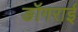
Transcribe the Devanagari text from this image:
ङॉगराई